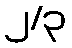
၂/၃